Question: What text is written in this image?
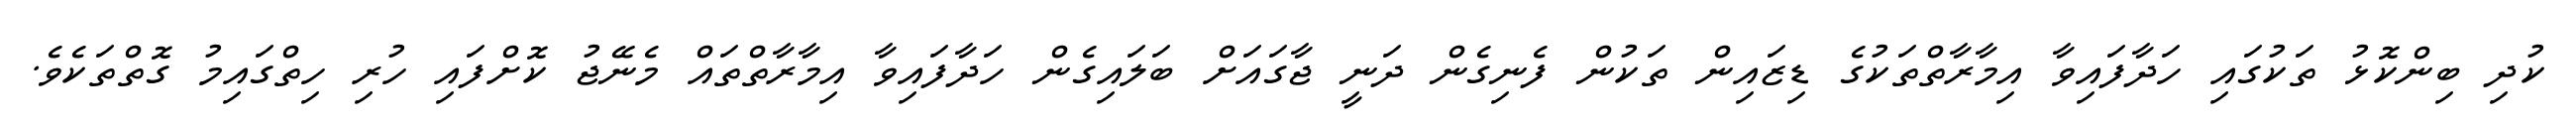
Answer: ކުދި ބިންކޮޅު ތަކުގައި ހަދާފައިވާ އިމާރާތްތަކުގެ ޑިޒައިން ތަކުން ފެނިގެން ދަނީ ޖާގައަށް ބަލައިގެން ހަދާފައިވާ އިމާރާތްތައް މެނޭޖު ކޮށްފައި ހުރި ހިތްގައިމު ގޮތްތަކެވެ.